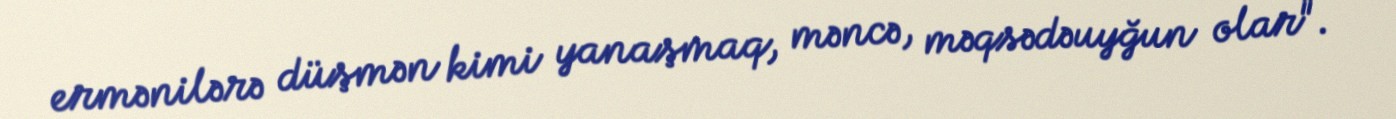
ermənilərə düşmən kimi yanaşmaq, məncə, məqsədəuyğun olar".